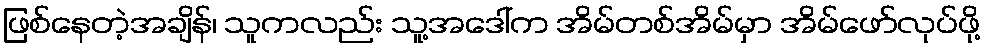
ဖြစ်နေတဲ့အချိန်၊ သူကလည်း သူ့အဒေါ်က အိမ်တစ်အိမ်မှာ အိမ်ဖော်လုပ်ဖို့